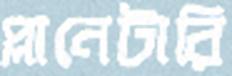
প্লানেটারি